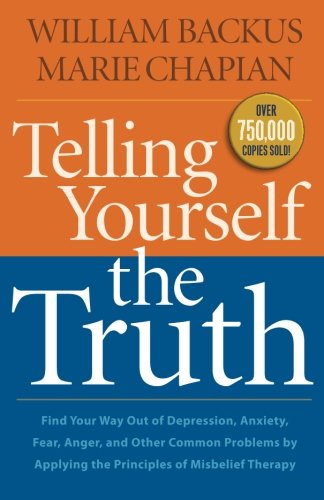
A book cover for Telling Yourself the Truth: Find Your Way Out of Depression, Anxiety, Fear, Anger, and Other Common Problems by Applying the Principles of Misbelief Therapy; William Backus; Health, Fitness & Dieting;